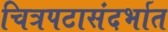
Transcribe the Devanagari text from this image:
चित्रपटासंदर्भात